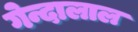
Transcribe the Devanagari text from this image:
गेन्दालाल